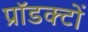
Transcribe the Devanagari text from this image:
प्रॉडक्टों